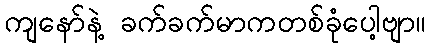
ကျနော်နဲ့ ခက်ခက်မာကတစ်ခုံပေါ့ဗျာ။